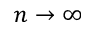
n \rightarrow \infty